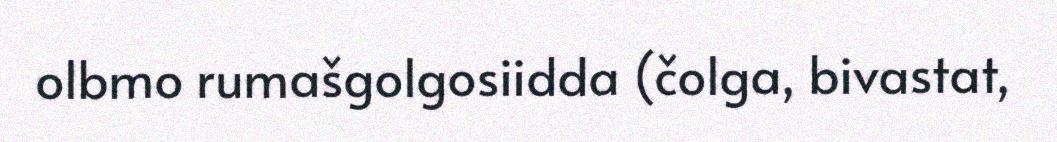
olbmo rumašgolgosiidda (čolga, bivastat,